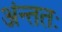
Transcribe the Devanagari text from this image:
अंन्ततः